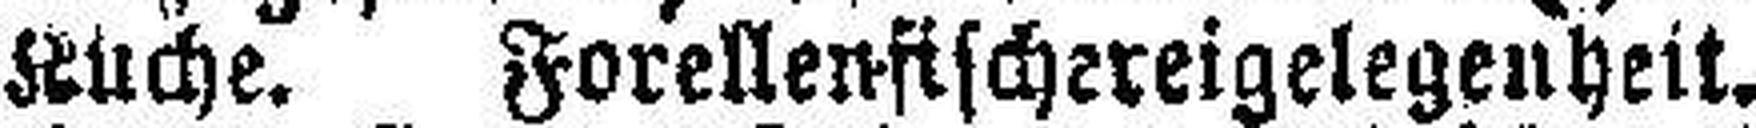
Küche. Forellenfischereigelegenheit.